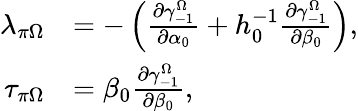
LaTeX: \begin{array}{rl}{\lambda_{\pi\Omega}}&{=-\left(\frac{\partial\gamma_{-1}^{\Omega}}{\partial\alpha_{0}}+h_{0}^{-1}\frac{\partial\gamma_{-1}^{\Omega}}{\partial\beta_{0}}\right),}\\ {\tau_{\pi\Omega}}&{=\beta_{0}\frac{\partial\gamma_{-1}^{\Omega}}{\partial\beta_{0}},}\end{array}